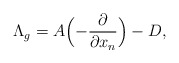
\begin{align*} \Lambda_{g} = A\Bigl(-\frac{\partial }{\partial x_n}\Bigr)-D, \end{align*}